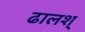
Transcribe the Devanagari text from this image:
ढालश्